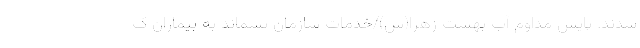
شدند. پایش مداوم آب بهشت زهرا(س)/خدمات سازمان پسماند به بیماران ک